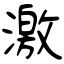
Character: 激